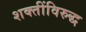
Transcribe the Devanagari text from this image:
शक्तींविरुद्ध